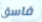
فاسق